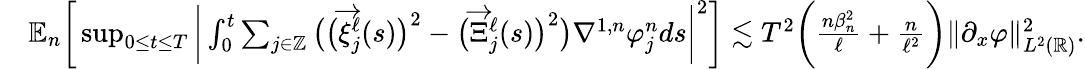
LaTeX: \begin{array}{rl}&{\mathbb{E}_{n}\bigg[\operatorname*{sup}_{0\le t\le T}\bigg|\int_{0}^{t}\sum_{j\in\mathbb{Z}}\big(\big(\overrightarrow{\xi}_{j}^{\ell}(s)\big)^{2}-\big(\overrightarrow{\Xi}_{j}^{\ell}(s)\big)^{2}\big)\nabla^{1,n}\varphi_{j}^{n}ds\bigg|^{2}\bigg]\lesssim T^{2}\bigg(\frac{n\beta_{n}^{2}}{\ell}+\frac{n}{\ell^{2}}\bigg)\| \partial_{x}\varphi\| _{L^{2}(\mathbb{R})}^{2}.}\end{array}